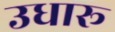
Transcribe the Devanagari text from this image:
उधारू